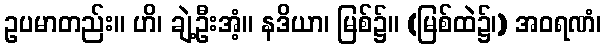
ဥပမာတည်း။ ဟိ၊ ချဲ့ဦးအံ့။ နဒိယာ၊ မြစ်၌။ (မြစ်ထဲ၌၊) အဝရဏံ၊